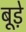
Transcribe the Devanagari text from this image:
बूड़े